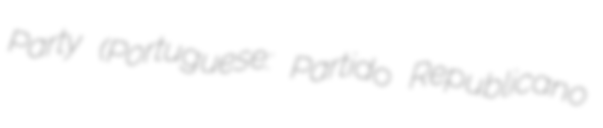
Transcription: Party (Portuguese: Partido Republicano